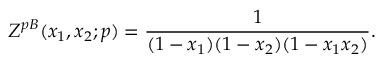
{ \cal Z } ^ { p B } ( x _ { 1 } , x _ { 2 } ; p ) = \frac { 1 } { ( 1 - x _ { 1 } ) ( 1 - x _ { 2 } ) ( 1 - x _ { 1 } x _ { 2 } ) } .